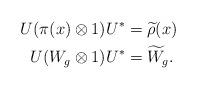
LaTeX: \begin{align*} U(\pi(x) \otimes 1)U^{*}&= \widetilde{\rho}(x) \\ U(W_{g} \otimes 1)U^{*}&= \widetilde{W}_{g}. \end{align*}